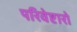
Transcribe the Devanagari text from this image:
परिवेष्टारो